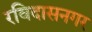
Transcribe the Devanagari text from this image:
रविदासनगर